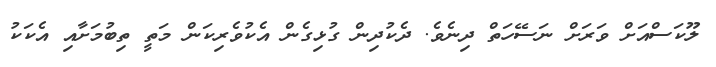
ލޫކަސްއަށް ވަރަށް ނަސޭހަތް ދިނެވެ. ދެކުދިން ގުޅިގެން އެކުވެރިކަން މަތީ ތިބުމަށާއި އެކަކު